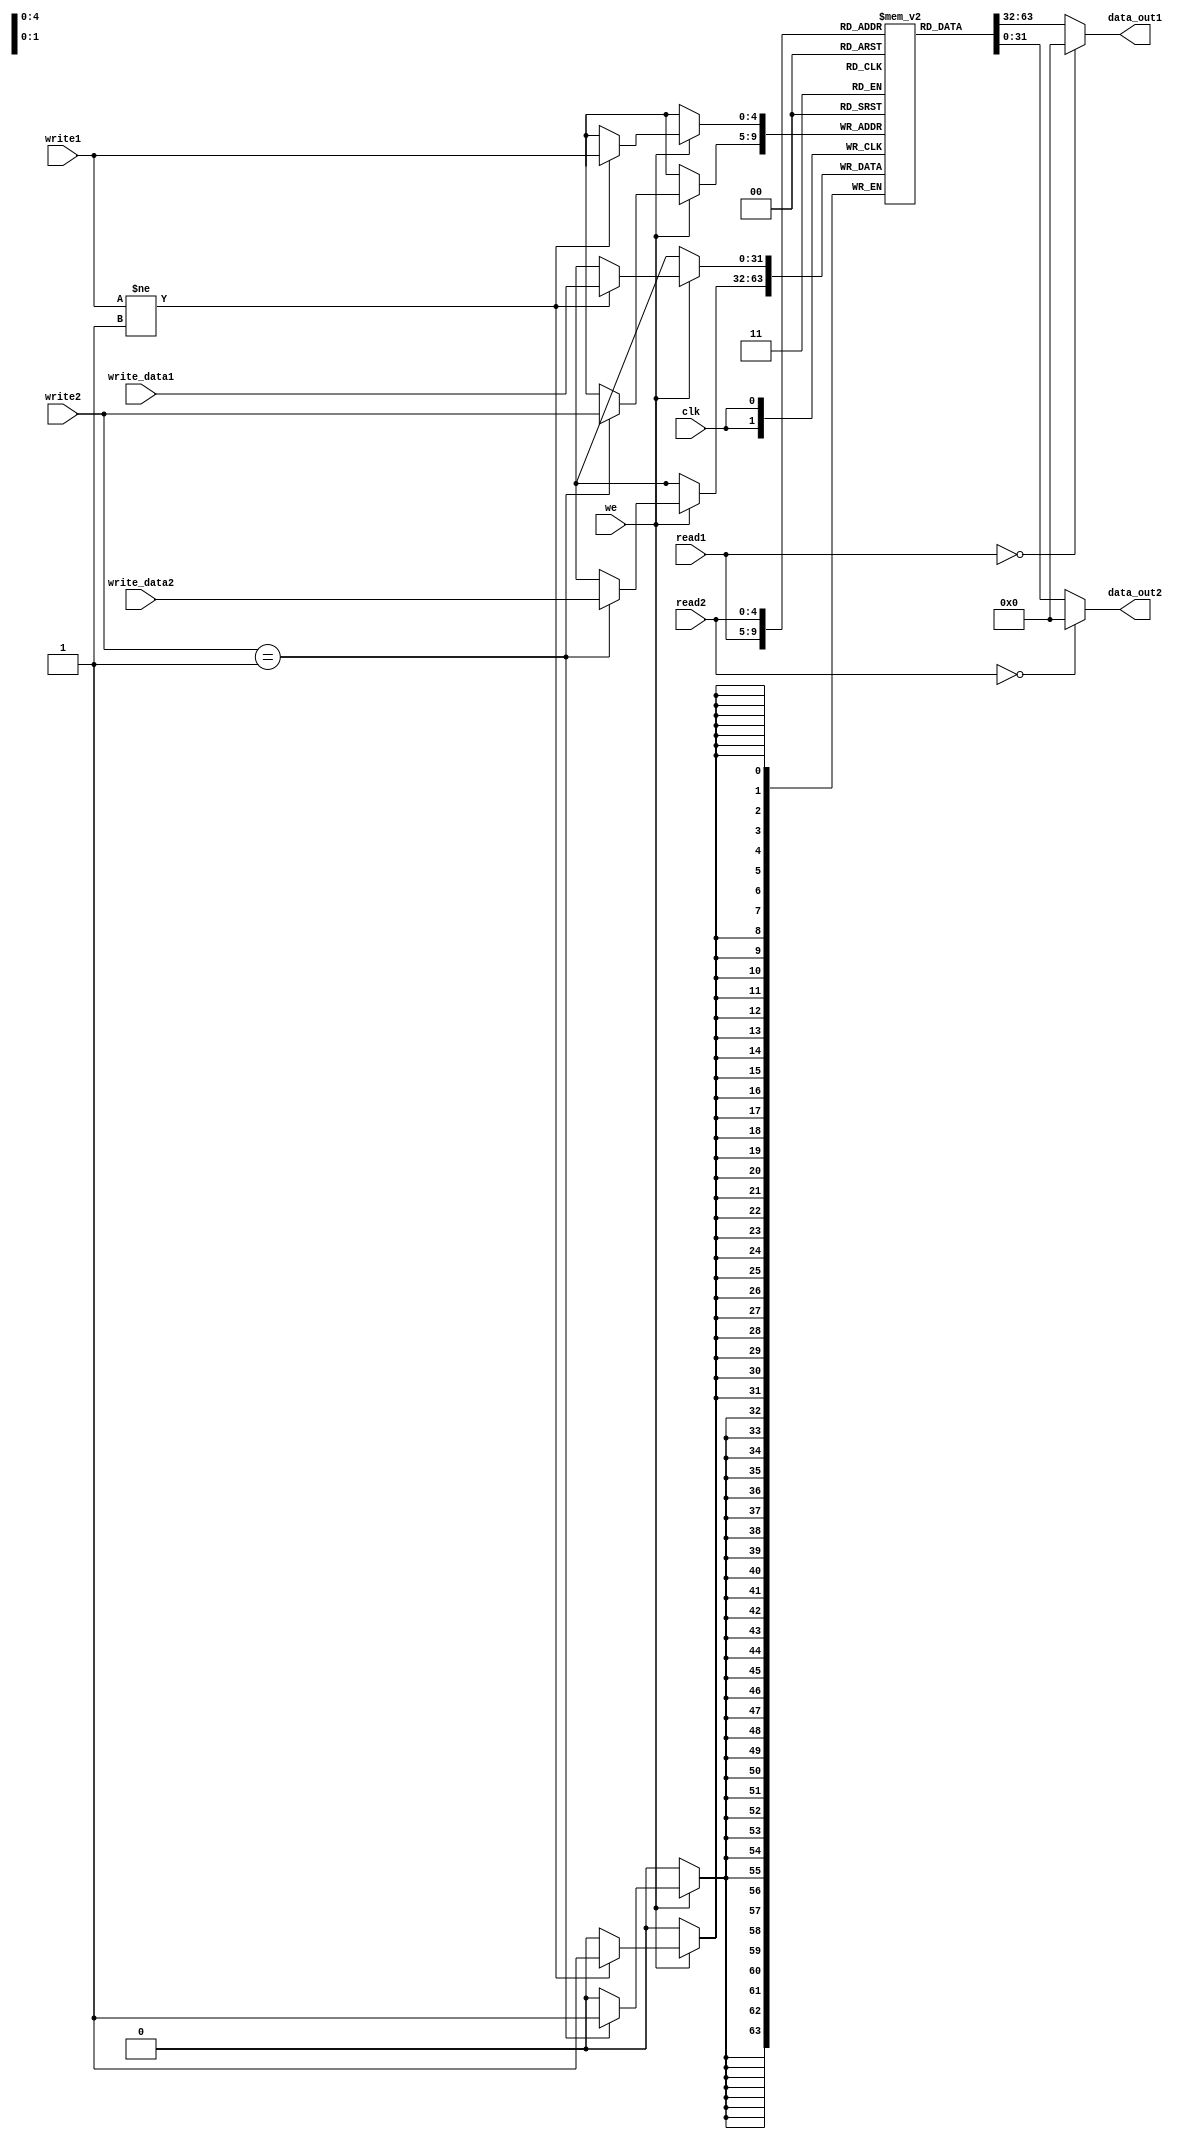
`timescale 1ns / 1ps
//////////////////////////////////////////////////////////////////////////////////
// Company: 
// Engineer: 
// 
// Design Name: 
// Module Name: regfile
// Project Name: 
// Target Devices: 
// Tool Versions: 
// Description: 
// 
// Dependencies: 
// 
// Revision:
// Revision 0.01 - File Created
// Additional Comments:
// 
//////////////////////////////////////////////////////////////////////////////////

//note that x0 is zero constant and x1 is reserved for return address. 
//To implement jal which the return address is needed to be writen into x1 register, two write ports are implemented.
//Also, we assume that other instrutions will not write data into x1 so that two write ports writing the same register will not happen.
module regfile (input clk,
    input we,
    input [4:0] read1, read2, write1, write2,
    input [31:0] write_data1, write_data2,
    output [31:0] data_out1, data_out2
    );
    reg [31:0] rf [31:0];
    assign data_out1 = read1 == 0 ? 0 : rf [read1];
    assign data_out2 = read2 == 0 ? 0 : rf [read2];
    always @(negedge clk) begin
        if (we) begin
            if (write1 != 1) begin
                rf [write1] <= write_data1;
            end
            if (write2 == 1) begin
                rf [write2] <= write_data2;
            end
        end
        
    end
endmodule